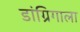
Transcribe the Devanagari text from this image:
डांग्रिगाला